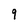
Character: 9